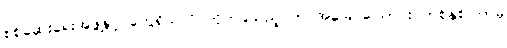
စစ်ဆေးရေးအဖွဲ့နှင့် တွေရှိသလို ကိုက်ခဲသည့် ဘဝအခြေ ဩောင်း တစ်နှစ်ကြာမှ